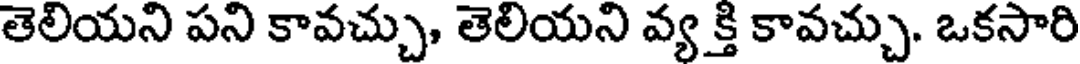
తెలియని పని కావచ్చు, తెలియని వ్య క్తి కావచ్చు. ఒకసారి